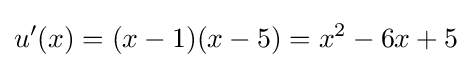
u'(x)=(x-1)(x-5)=x^{2}-6x+5